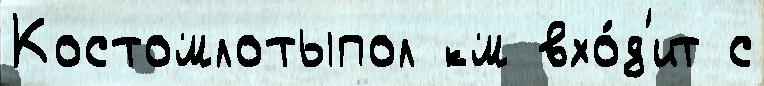
Костомлотыпол км вхо́д'ит с